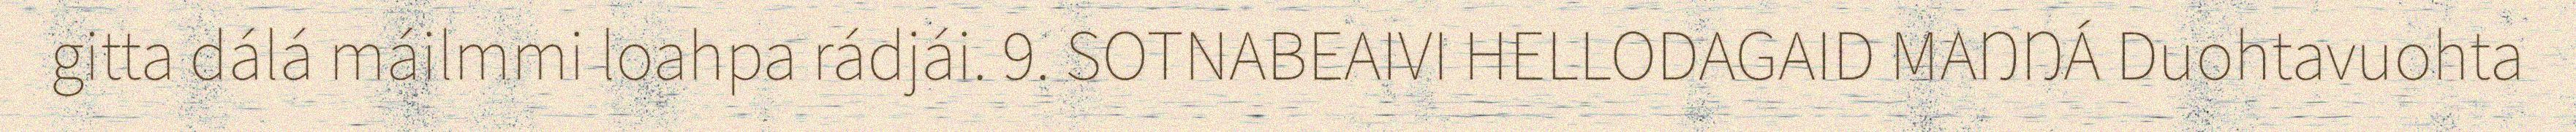
gitta dálá máilmmi loahpa rádjái. 9. SOTNABEAIVI HELLODAGAID MAŊŊÁ Duohtavuohta